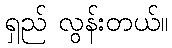
ရှည် လွန်းတယ်။